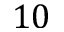
1 0